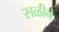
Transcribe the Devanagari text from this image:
सळीने